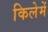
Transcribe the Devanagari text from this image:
किलेमें